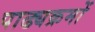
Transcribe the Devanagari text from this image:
पाढ्यक्रमों